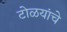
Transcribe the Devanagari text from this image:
टोळयांचे